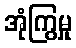
အုံကြွမှု